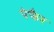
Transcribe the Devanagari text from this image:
पेफैर